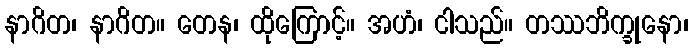
နာဂိတ၊ နာဂိတ။ တေန၊ ထိုကြောင့်။ အဟံ၊ ငါသည်။ တဿဘိက္ခုနော၊